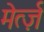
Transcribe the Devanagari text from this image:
मेर्त्ज़